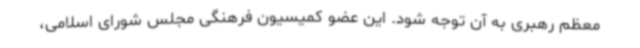
معظم رهبری به آن توجه شود. این عضو کمیسیون فرهنگی مجلس شورای اسلامی،